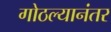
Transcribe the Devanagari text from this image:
गोठल्यानंतर